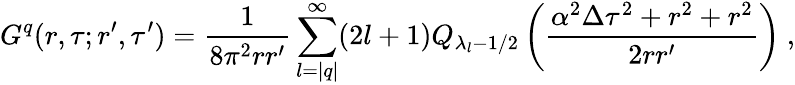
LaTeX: G^{q}(r,\tau;r^{\prime},\tau^{\prime})=\frac 1{8\pi^{2}rr^{\prime}}\sum_{l=|q|}^{\infty}(2l+1)Q_{\lambda_{l}-1/2}\left(\frac{\alpha^{2}\Delta\tau^{2}+r^{2}+r^{2}}{2rr^{\prime}}\right)\ ,